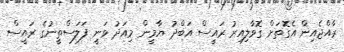
ރާއްޖެއިން އެގޮތަށް ގޮވާލިއިރު ރައީސް އަބްދު ޔާމީން މިއަދު ވަނީ ފަލަސްތީނުގެ ރައީސް